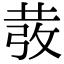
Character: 𭣵